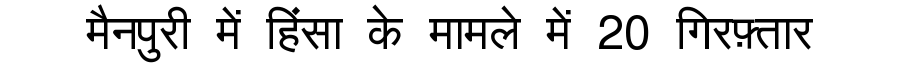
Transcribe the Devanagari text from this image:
मैनपुरी में हिंसा के मामले में 20 गिरफ़्तार